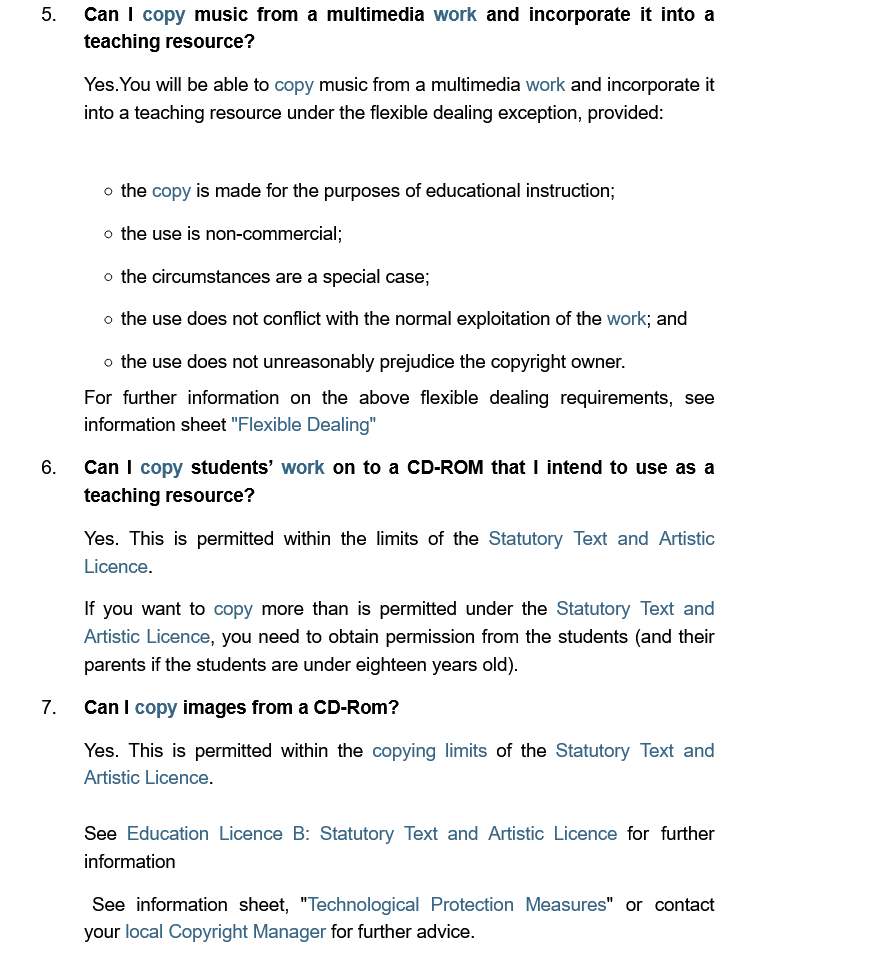
o the use does not conflict with the normal exploitation of the work; and
     o the use does not unreasonably prejudice the copyright owner.
     5.  Can  I copy music from a multimedia work  and incorporate it into a
     teaching resource?
     Yes.You will be able to copy music from a multimedia work and incorporate it
     into a teaching resource under the flexible dealing exception, provided:
     o the copy is made for the purposes of educational instruction;
     o the use is non-commercial;
     © the circumstances are a special case;
     For further information on the above flexible dealing requirements, see
     information sheet "Flexible Dealing"
     6.  Can  | copy students’ work on to a CD-ROM that | intend to use as a
     teaching resource?
     Yes. This is permitted within the limits of the Statutory Text and Artistic
     Licence.
     If you want to copy more than is permitted under the Statutory Text and
     Artistic Licence, you need to obtain permission from the students (and their
     parents if the students are under eighteen years old).
     7.  Can copy  images from a CD-Rom?
     Yes. This is permitted within the copying limits of the Statutory Text and
     Artistic Licence.
     See  information sheet, "Technological Protection Measures" or contact
     your local Copyright Manager for further advice.
     See  Education Licence B: Statutory Text and Artistic Licence for further
     information